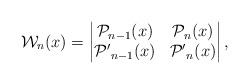
\begin{align*}\mathcal{W}_n(x)=\begin{vmatrix}\mathcal{P}_{n-1}(x) & \mathcal{P}_{n}(x)\\\mathcal{P'}_{n-1}(x) & \mathcal{P'}_{n}(x)\end{vmatrix},\end{align*}